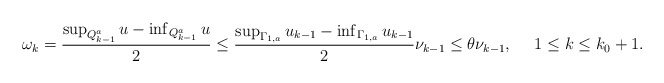
\begin{align*} \begin{aligned} {\omega}_k=\frac{\sup_{Q_{k-1}^a} u-\inf_{Q_{k-1}^a} u}{2}\leq \frac{\sup_{\Gamma_{1,a}}u_{k-1}-\inf_{\Gamma_{1,a}}u_{k-1}}{2}\nu_{k-1}\leq \theta\nu_{k-1}, ~~~~1\leq k \leq k_0 + 1. \end{aligned} \end{align*}